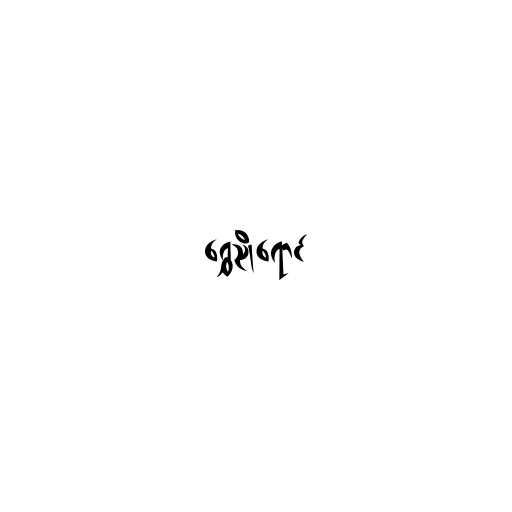
ရွှေညိုရောင်